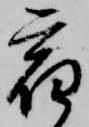
宿